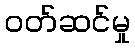
ဝတ်ဆင်မှု